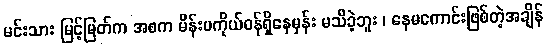
မင်းသား မြင့်မြတ်က အစက မိန်းမကိုယ်ဝန်ရှိနေမှန်း မသိခဲ့ဘူး ၊ နေမကောင်းဖြစ်တဲ့အချိန်